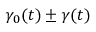
\gamma _ { 0 } ( t ) \pm \gamma ( t )